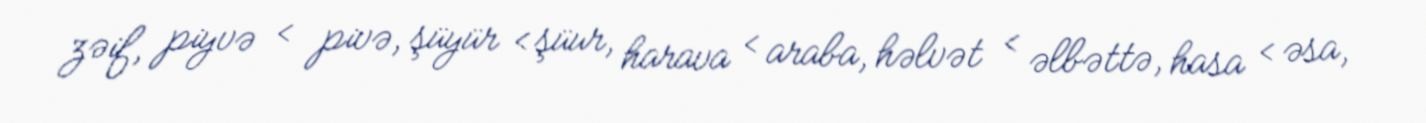
zəif, piyvə < pivə, şüyür < şüur, harava < araba, həlvət < əlbəttə, hasa < əsa,